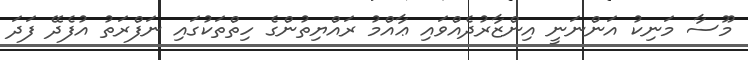
މޫސާ މަނިކު އަންނަނީ އިންޒާރުދެއްވައި ޢާއްމު ރައްޔިތުންގެ ހިތްތަކުގައި ނަފްރަތު އުފެދޭ ފަދަ